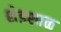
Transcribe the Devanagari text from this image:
शेडशाळ